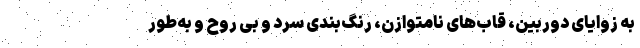
به زوایای دوربین، قاب‌های نامتوازن، رنگ‌بندی سرد و بی روح و به‌طور